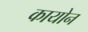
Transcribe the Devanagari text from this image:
कायोन